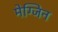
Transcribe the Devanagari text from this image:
मेग्जिन